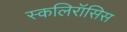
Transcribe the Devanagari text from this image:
स्कलिरॉसिस